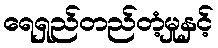
ရေရှည်တည်တံ့မှုနှင့်